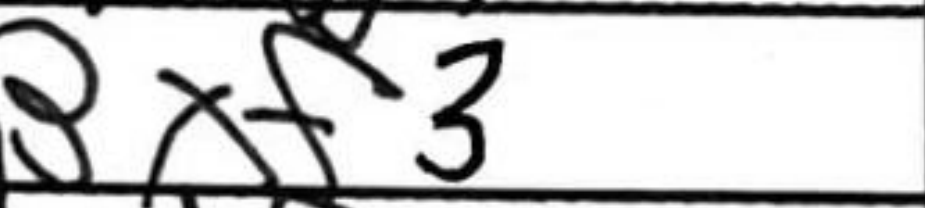
Transcription: Bxf3